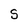
Character: S